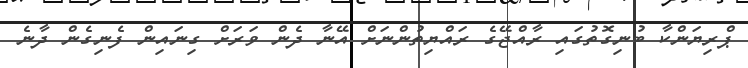
ޕްރިޔަންކާ ބުނިގޮތުގައި ރާއްޖޭގެ ރައްޔިތުންނަށް އޭނާ ދެން ވަރަށް ގިނައިން ފެނިގެން ދާނެ